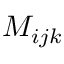
M _ { i j k }